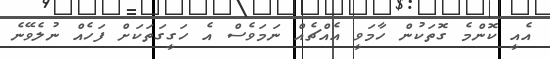
އެއީ ކޮންމެ ގޮތަކުން ހާމަވީ އެއްޗެއް ނަމަވެސް އެ ހަގީގަތަކަށް ފަހެއް ނުލެވޭނެ